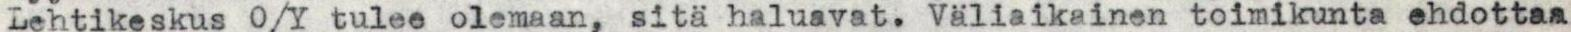
Lehtikeskus O/Y tulee olemaan, sitä haluavat. Väliaikainen toimikunta ehdottaa